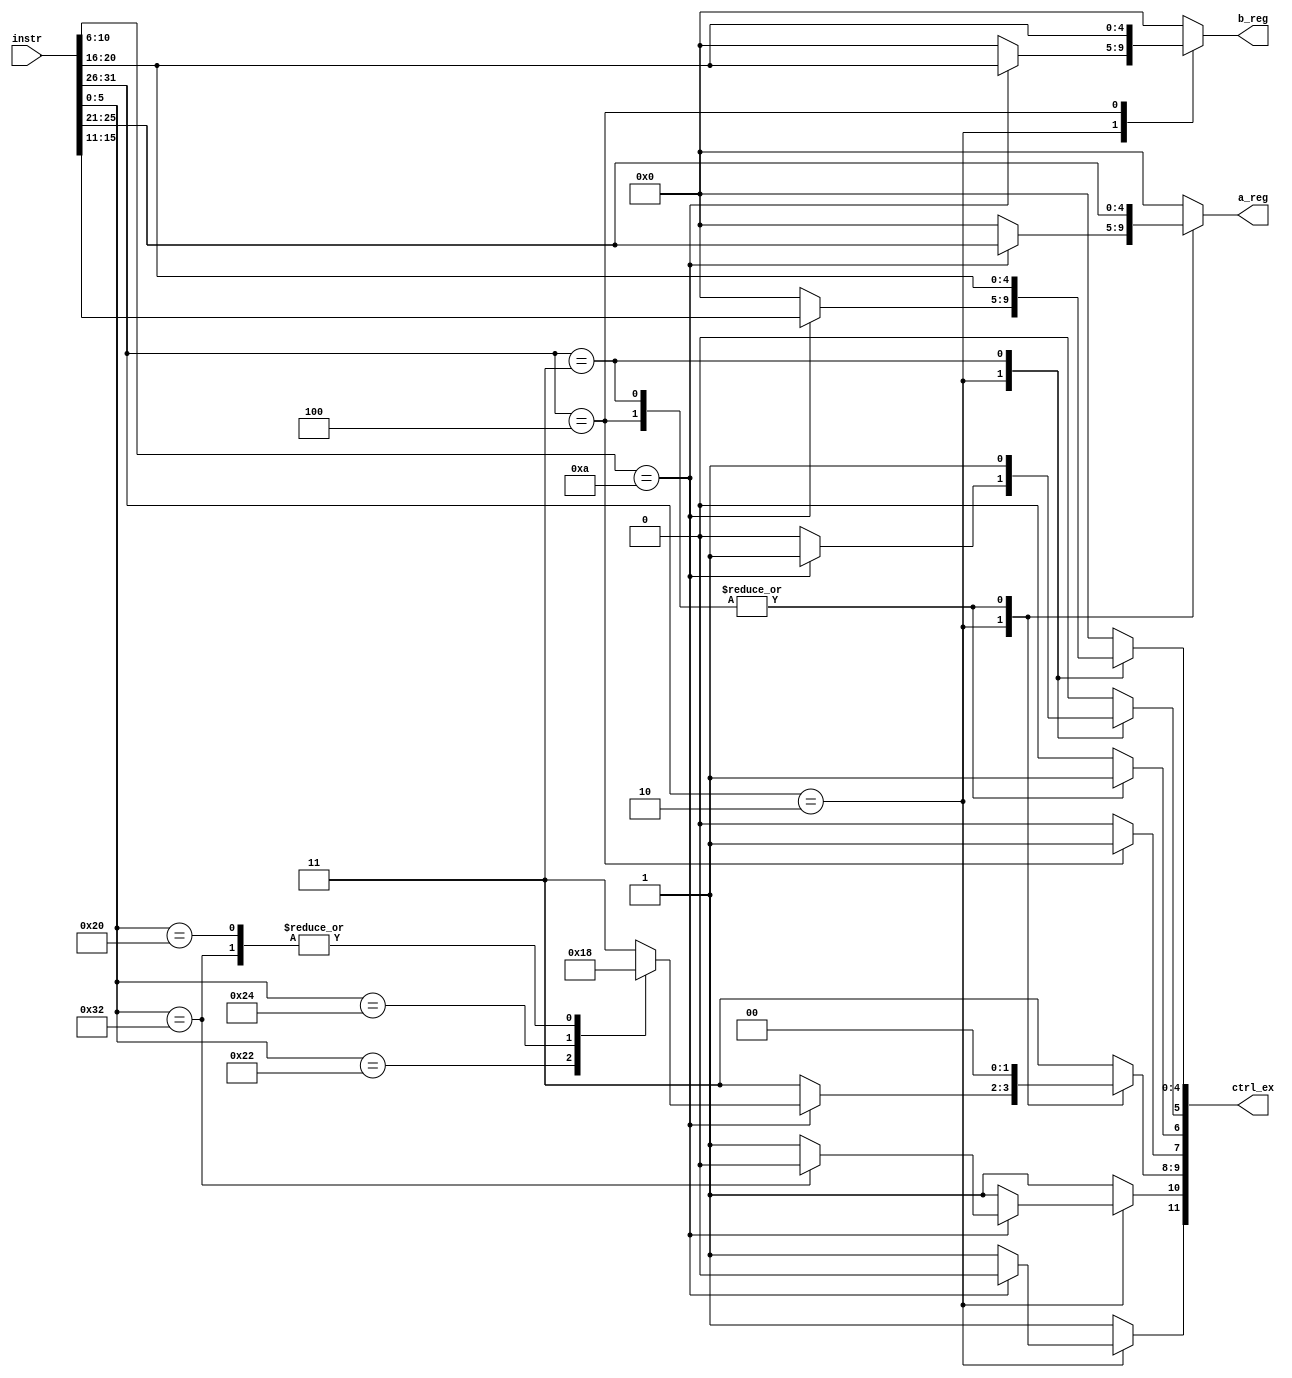
module Control(
	input [31:0] instr,
	output reg [4:0] a_reg, b_reg,
	// { c_sel[1], d_sel[1], op_sel[2], rd_wr[1], wb_sel[1], write_back_en[1], write_back_reg[5] }
	output [11:0] ctrl_ex
);

reg c_sel; // ALU operator is B or IMM?
reg d_sel; // MUL or ALU?
reg [1:0] op_sel; // +, -, & or |?
reg rd_wr; // 0 = read, 1 = write
reg wb_sel; // write back D or M?
reg write_back_en; // 1 = write to register
reg [4:0] write_back_reg; // target register

assign ctrl_ex = { c_sel, d_sel, op_sel, rd_wr, wb_sel, write_back_en, write_back_reg };

// f0: 31 30 29 28 27 26
// rs: 25 24 23 22 21
// rt: 20 19 18 17 16
// rd: 15 14 13 12 11
// f1: 10 9 8 7 6
// f2: 5 4 3 2 1 0

wire [5:0] func0;
wire [4:0] rs;
wire [4:0] rt;
wire [4:0] rd;
wire [4:0] func1;
wire [5:0] func2;

assign func0 = instr[31:26];
assign rs = instr[25:21];
assign rt = instr[20:16];
assign rd = instr[15:11];
assign func1 = instr[10:6];
assign func2 = instr[5:0];

always @(func0, rs, rt, rd, func1, func2) begin

	// default: noop
	a_reg = 0;
	b_reg = 0;
	c_sel = 1;
	d_sel = 1;
	op_sel = 3;
	rd_wr = 0;
	wb_sel = 0;
	write_back_en = 0;
	write_back_reg = 0;

	case (func0) 
		2: begin
			if (func1 == 10) begin
				// R format
				a_reg = rs;
				b_reg = rt;
				c_sel = 0;
				rd_wr = 0;
				wb_sel = 0;
				write_back_en = 1;
				write_back_reg = rd;
				case (func2)
					32: begin
						// ADD
						d_sel = 1;
						op_sel = 0;
					end
					34: begin
						// SUB
						d_sel = 1;
						op_sel = 1;
					end
					36: begin
						//AND
						d_sel = 1;
						op_sel = 2;
					end
					37: begin
						// OR
						d_sel = 1;
						op_sel = 3;
					end
					50: begin
						// MUL
						d_sel = 0;
						op_sel = 0;
					end
					default: ;
				endcase
			end
		end
		3: begin
			// LW
			a_reg = rs;
			b_reg = 0;
			c_sel = 1;
			op_sel = 0;
			d_sel = 1;
			rd_wr = 0;
			wb_sel = 1;
			write_back_en = 1;
			write_back_reg = rt;
		end
		4: begin
			// SW
			a_reg = rs;
			b_reg = rt;
			c_sel = 1;
			op_sel = 0;
			d_sel = 1;
			rd_wr = 1;
			wb_sel = 1;
			write_back_en = 0;
			write_back_reg = 0;
		end
		default: ;
	endcase
end


endmodule